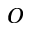
\cal O